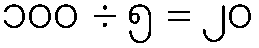
၁၀၀ ÷ ၅ = ၂၀